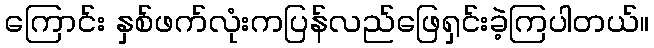
ကြောင်း နှစ်ဖက်လုံးကပြန်လည်ဖြေရှင်းခဲ့ကြပါတယ်။